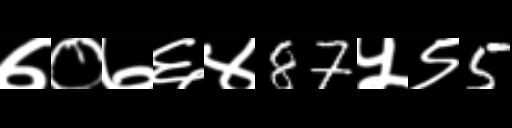
Text: ७०७६४87५९5